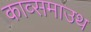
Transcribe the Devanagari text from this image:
काव्समाउथ